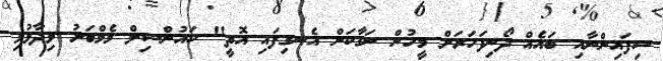
ސިފައިންނާއި ބައެއް ދޯނިފަހަރަށް މީހުން ނަގާކަން އެނގިފައި އޮތީ" ކައުންސިލް މެމްބަރު ވިދާޅުވި